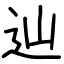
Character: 辿